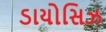
ડાયોસિઝ